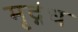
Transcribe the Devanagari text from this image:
मृद्गंध